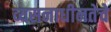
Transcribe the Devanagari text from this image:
व्यसनाधीनतेचे